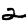
Digit: 2